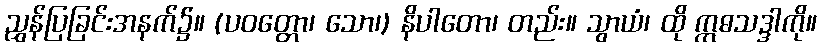
ညွှန်ပြခြင်းအနက်၌။ (ပဝတ္တော၊ သော၊) နိပါတော၊ တည်း။ သွာယံ၊ ထို ဣဓသဒ္ဒါကို။